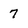
Character: 7